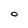
Character: O